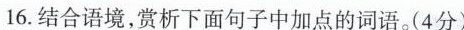
16.结合语境，赏析下面句子中加点的词语。(4分)